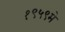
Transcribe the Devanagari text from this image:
१९५९मे